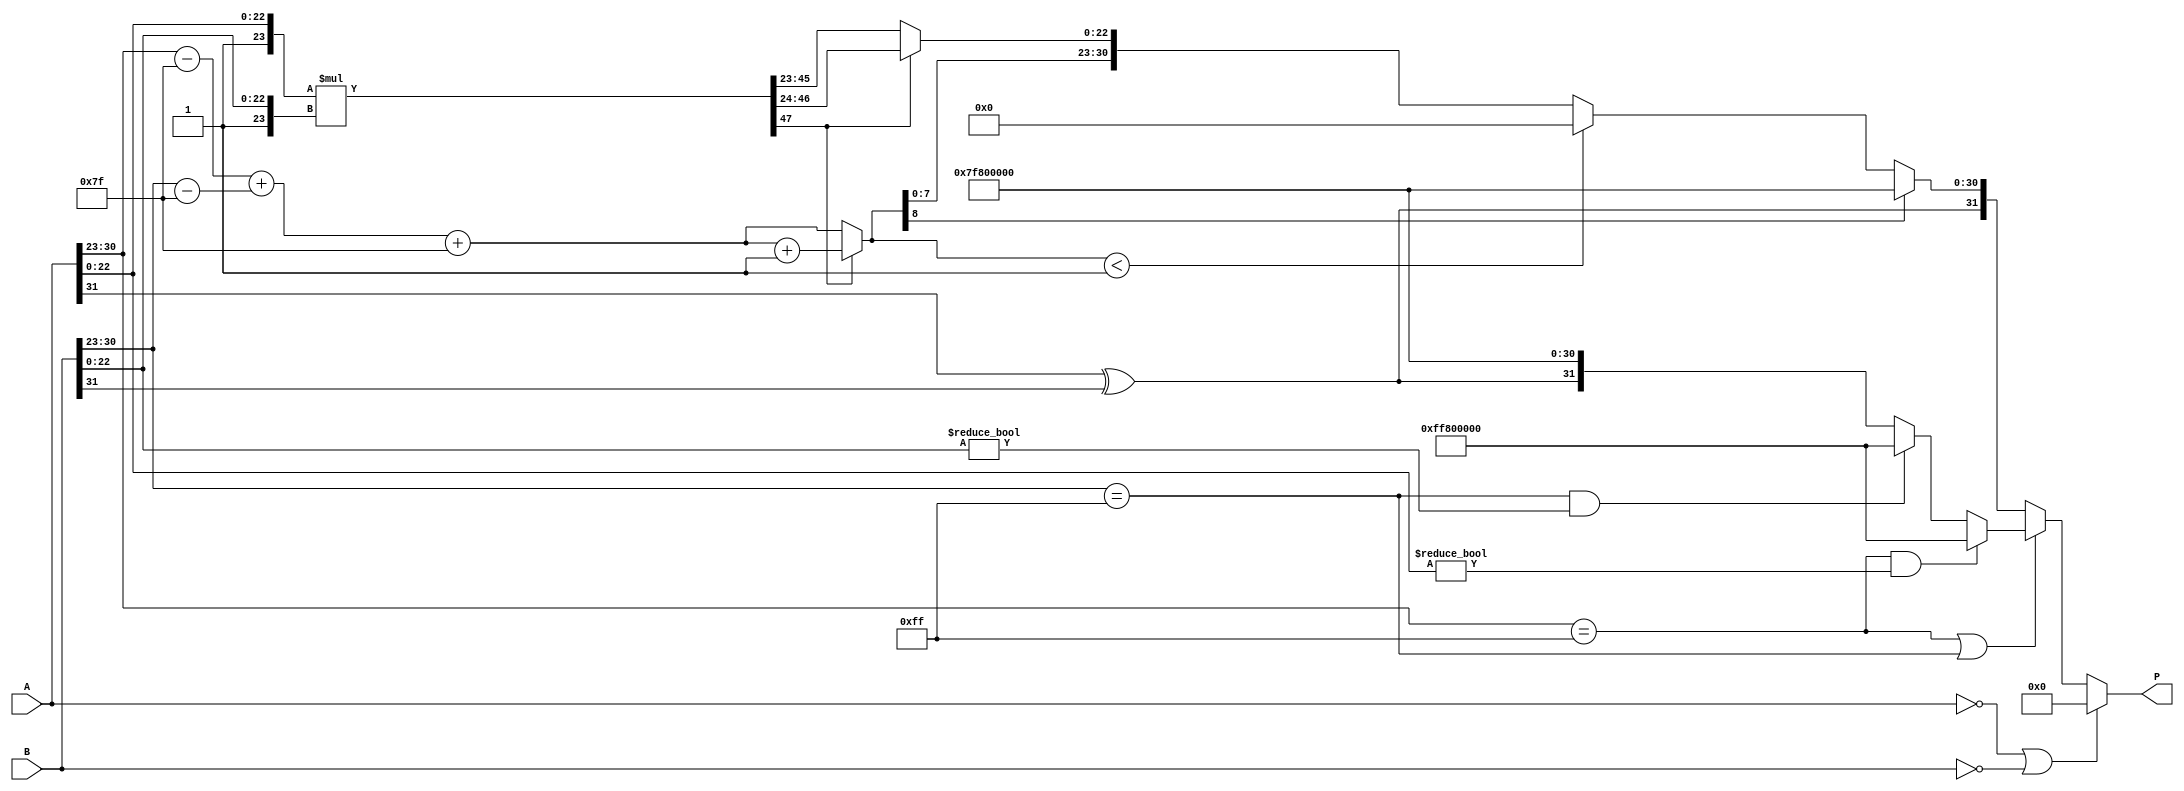
module floating_point_multiplier (
    input  wire [31:0] A,      // First operand
    input  wire [31:0] B,      // Second operand
    output reg  [31:0] P       // Product result
);

    // Split A into sign, exponent, and mantissa
    wire signA = A[31];
    wire [7:0] expA = A[30:23];
    wire [23:0] mantA = {1'b1, A[22:0]}; // Implicit leading 1

    // Split B into sign, exponent, and mantissa
    wire signB = B[31];
    wire [7:0] expB = B[30:23];
    wire [23:0] mantB = {1'b1, B[22:0]}; // Implicit leading 1

    // Sign calculation
    wire signP = signA ^ signB;

    // Exponent calculation
    wire [8:0] expA_bias = {1'b0, expA} - 8'd127; // Remove bias
    wire [8:0] expB_bias = {1'b0, expB} - 8'd127; // Remove bias
    wire [8:0] expP_temp = expA_bias + expB_bias + 8'd127; // Add exponents and reapply bias

    // Mantissa multiplication (24 bits each, results up to 48 bits)
    wire [47:0] mantP_temp = mantA * mantB;
    
    // Normalization
    wire [23:0] mantP = (mantP_temp[47] == 1'b1) ? mantP_temp[46:24] : mantP_temp[45:23]; // Shift if needed
    wire [8:0] expP = (mantP_temp[47] == 1'b1) ? expP_temp + 1 : expP_temp; // Adjust exponent if shifted

    // Handle special cases
    always @(*) begin
        // Default output
        P = 32'b0;

        // Check for zero operands
        if (A == 32'b0 || B == 32'b0) begin
            P = 32'b0;
        end 
        else if (expA == 8'hFF || expB == 8'hFF) begin // Check for NaN or Infinity
            // If either operand is NaN
            if (A[30:23] == 8'hFF && A[22:0] != 23'b0) begin
                P = {1'b1, 8'hFF, 23'b0}; // NaN output
            end else if (B[30:23] == 8'hFF && B[22:0] != 23'b0) begin
                P = {1'b1, 8'hFF, 23'b0}; // NaN output
            end else begin
                // At least one of A or B is Infinity
                P = {signP, 8'hFF, 23'b0}; // Result is also Infinity
            end
        end else if (expP[8] == 1'b1) begin
            // Check for overflow (result too large)
            P = {signP, 8'hFF, 23'b0}; // Result is Infinity
        end else if (expP < 8'd1) begin
            // Check for underflow
            P = {signP, 8'b0, 23'b0}; // Result is zero
        end else begin
            // Normal result
            P = {signP, expP[7:0], mantP[22:0]};
        end
    end
endmodule